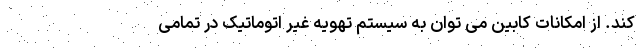
کند. از امکانات کابین می توان به سیستم تهویه غیر اتوماتیک در تمامی